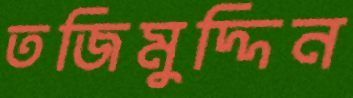
তজিমুদ্দিন